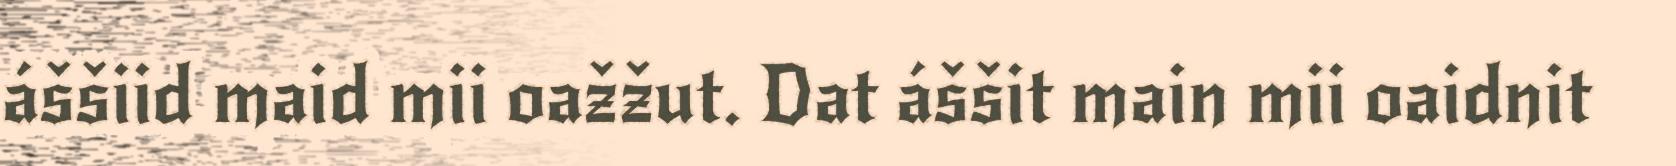
áššiid maid mii oažžut. Dat áššit main mii oaidnit